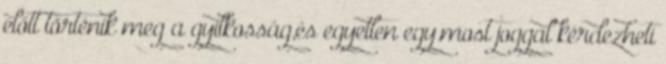
előtt történik meg a gyilkosság,és egyetlen egy.most joggal kérdezheti